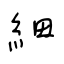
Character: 細